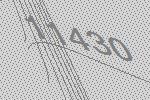
11430